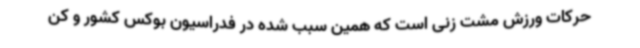
حرکات ورزش مشت زنی است که همین سبب شده در فدراسیون بوکس کشور و کن